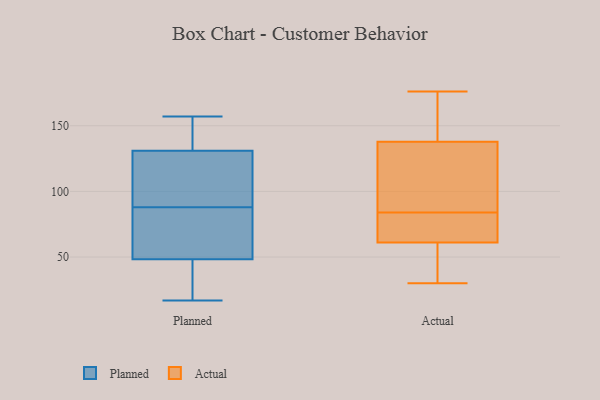
{"axis": {"x": "Headcount", "y": "Value"}, "legend": ["Actual", "Planned"], "data": [{"x": "", "y": 27, "type": "Planned"}, {"x": "", "y": 52, "type": "Planned"}, {"x": "", "y": 135, "type": "Planned"}, {"x": "", "y": 112, "type": "Planned"}, {"x": "", "y": 17, "type": "Planned"}, {"x": "", "y": 153, "type": "Planned"}, {"x": "", "y": 157, "type": "Planned"}, {"x": "", "y": 102, "type": "Planned"}, {"x": "", "y": 88, "type": "Planned"}, {"x": "", "y": 47, "type": "Planned"}, {"x": "", "y": 119, "type": "Planned"}, {"x": "", "y": 57, "type": "Planned"}, {"x": "", "y": 84, "type": "Planned"}, {"x": "", "y": 147, "type": "Planned"}, {"x": "", "y": 33, "type": "Planned"}, {"x": "", "y": 113, "type": "Actual"}, {"x": "", "y": 140, "type": "Actual"}, {"x": "", "y": 55, "type": "Actual"}, {"x": "", "y": 84, "type": "Actual"}, {"x": "", "y": 47, "type": "Actual"}, {"x": "", "y": 48, "type": "Actual"}, {"x": "", "y": 176, "type": "Actual"}, {"x": "", "y": 137, "type": "Actual"}, {"x": "", "y": 142, "type": "Actual"}, {"x": "", "y": 149, "type": "Actual"}, {"x": "", "y": 71, "type": "Actual"}, {"x": "", "y": 73, "type": "Actual"}, {"x": "", "y": 88, "type": "Actual"}, {"x": "", "y": 107, "type": "Actual"}, {"x": "", "y": 69, "type": "Actual"}, {"x": "", "y": 63, "type": "Actual"}, {"x": "", "y": 30, "type": "Actual"}]}